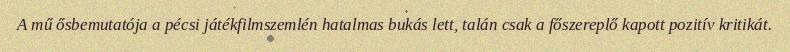
A mű ősbemutatója a pécsi játékfilmszemlén hatalmas bukás lett, talán csak a főszereplő kapott pozitív kritikát.